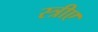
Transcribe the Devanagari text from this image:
स्त्रीए